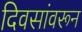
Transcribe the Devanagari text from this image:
दिवसांवरून